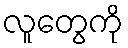
လူတွေကို